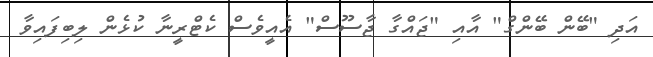
އަދި "ބޭން ބޭންގް" އާއި "ޖައްގާ ޖާސޫސް" އެއީވެސް ކެޓްރީނާ ކުޅެން ލިބިފައިވާ